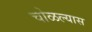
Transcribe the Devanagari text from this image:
चोळल्यास